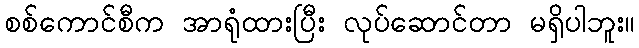
စစ်ကောင်စီက အာရုံထားပြီး လုပ်ဆောင်တာ မရှိပါဘူး။